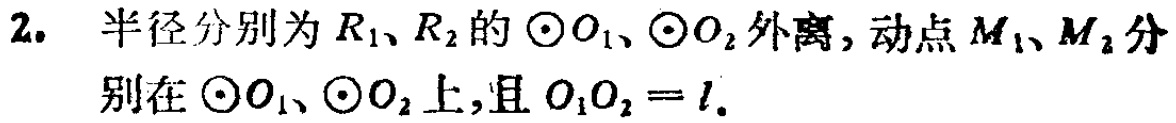
2. 半径分别为\(R_{1}\)、\(R_{2}\)的\(\odot O_{1}\)、\(\odot O_{2}\)外离，动点\(M_{1}\)、\(M_{2}\)分别在\(\odot O_{1}\)、\(\odot O_{2}\)上，且\(O_{1}O_{2}=l\)。